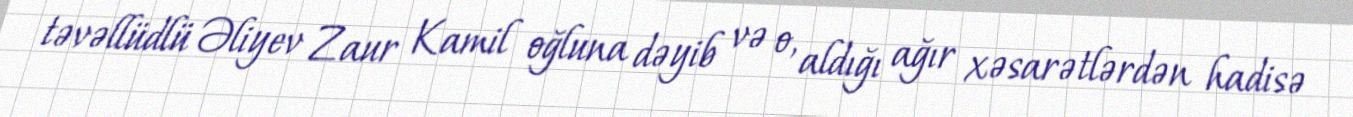
təvəllüdlü Əliyev Zaur Kamil oğluna dəyib və o, aldığı ağır xəsarətlərdən hadisə